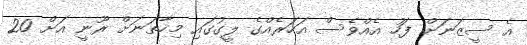
އެ ސީޒަނަށް ފަހު އެއްވެސް އަހަރެއްގެ ލީގުގައި މިހާތަނަށް ރޫނީ އަށް 20